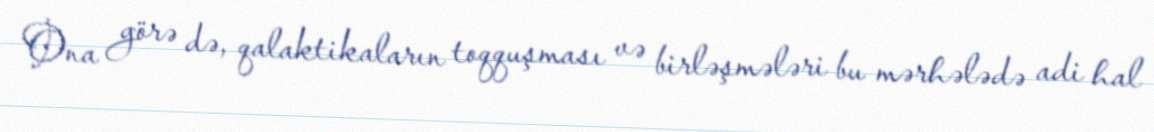
Ona görə də, qalaktikaların toqquşması və birləşmələri bu mərhələdə adi hal